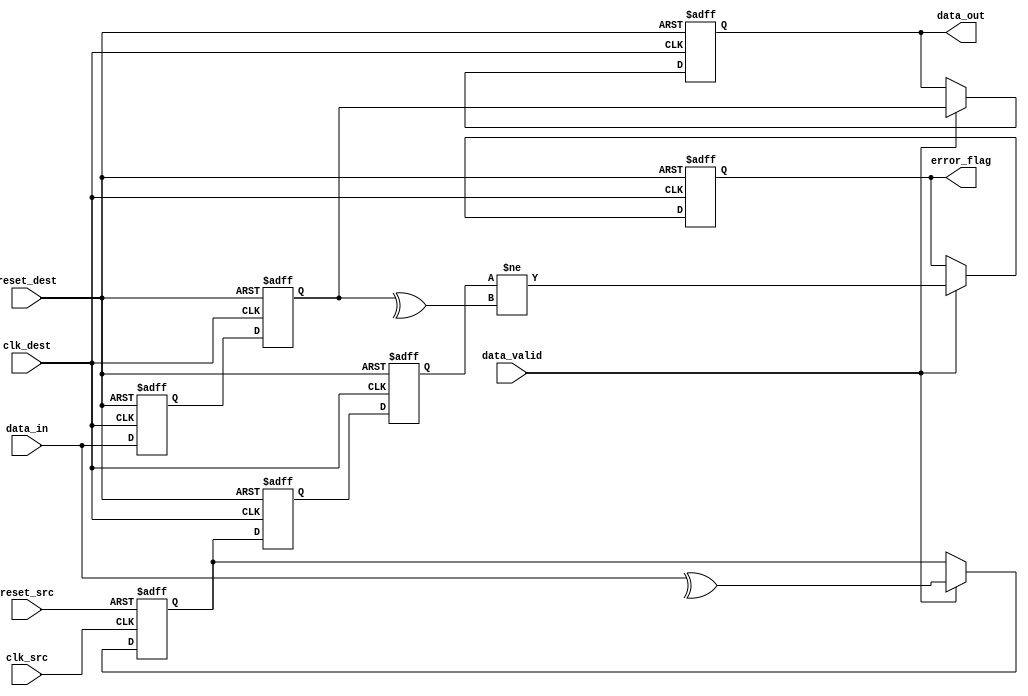
module cdc_memory_block #(
    parameter DATA_WIDTH = 8
)(
    input wire clk_src,           // Source clock
    input wire clk_dest,          // Destination clock
    input wire reset_src,         // Asynchronous reset for source domain
    input wire reset_dest,        // Asynchronous reset for destination domain
    input wire [DATA_WIDTH-1:0] data_in, // Data input from source domain
    input wire data_valid,        // Data valid signal from source domain
    output reg [DATA_WIDTH-1:0] data_out, // Data output to destination domain
    output reg error_flag         // Error flag indicating data integrity issue
);

    // Intermediate signals
    reg [DATA_WIDTH-1:0] data_sync1, data_sync2; // Synchronization registers
    reg parity_bit_src;        // Parity bit generated in source domain
    reg parity_bit_sync1, parity_bit_sync2; // Synchronization for parity bit

    // Generate parity bit (even parity)
    always @(posedge clk_src or posedge reset_src) begin
        if (reset_src) begin
            parity_bit_src <= 1'b0;
        end else if (data_valid) begin
            parity_bit_src <= ^data_in; // Calculate parity (XOR of all bits)
        end
    end

    // Dual flip-flop synchronizers for data
    always @(posedge clk_dest or posedge reset_dest) begin
        if (reset_dest) begin
            data_sync1 <= 0;
            data_sync2 <= 0;
            parity_bit_sync1 <= 0;
            parity_bit_sync2 <= 0;
            data_out <= 0;
            error_flag <= 1'b0;
        end else begin
            // Synchronize data
            data_sync1 <= data_in;
            data_sync2 <= data_sync1;
            // Synchronize parity bit
            parity_bit_sync1 <= parity_bit_src;
            parity_bit_sync2 <= parity_bit_sync1;

            // Check for errors
            if (data_valid) begin
                data_out <= data_sync2;
                // Check parity
                error_flag <= (parity_bit_sync2 != ^data_sync2); // Compare received parity with calculated parity
            end
        end
    end

endmodule